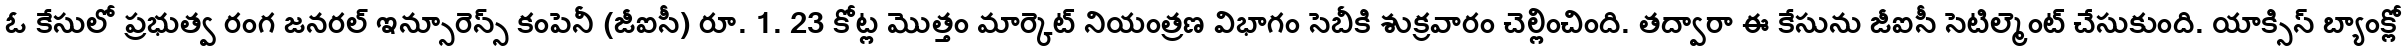
ఓ కేసులో ప్రభుత్వ రంగ జనరల్ ఇన్సూరెన్స్ కంపెనీ (జీఐసీ) రూ. 1. 23 కోట్ల మొత్తం మార్కెట్ నియంత్రణ విభాగం సెబీకి శుక్రవారం చెల్లించింది. తద్వారా ఈ కేసును జీఐసీ సెటిల్మెంట్ చేసుకుంది. యాక్సిస్ బ్యాంక్లో